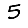
Digit: 5